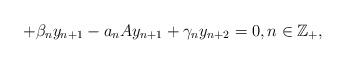
LaTeX: \begin{align*}+ \beta_n y_{n+1} - a_n A y_{n+1} + \gamma_n y_{n+2} = 0,n\in\mathbb{Z}_+,\end{align*}